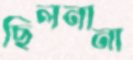
ছিলনানা